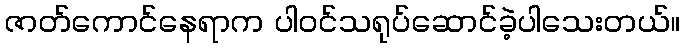
ဇာတ်ကောင်နေရာက ပါဝင်သရုပ်ဆောင်ခဲ့ပါသေးတယ်။